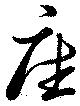
座